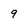
Character: 9